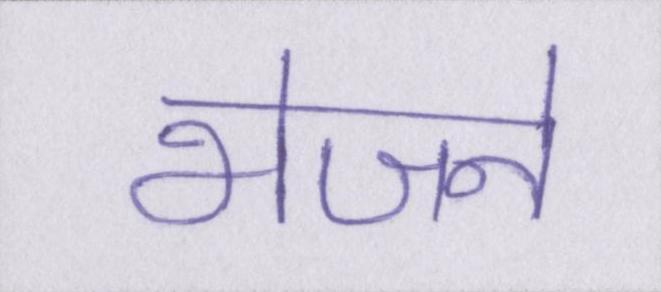
भेजने